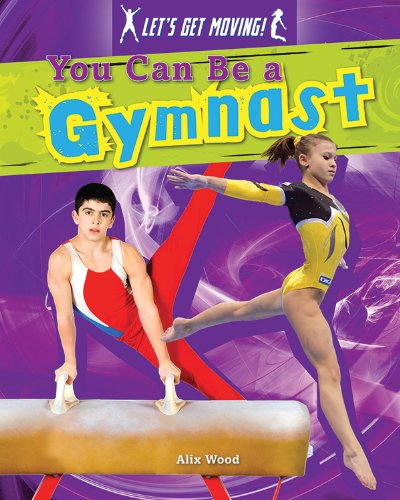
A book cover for You Can Be a Gymnast (Let's Get Moving!); Alix Wood; Children's Books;